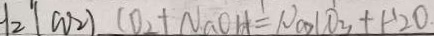
_ { 2 } ( C O _ { 2 } ) C O _ { 2 } + N a O H = 1 0 0 0 C O _ { 3 } + H _ { 2 } O .